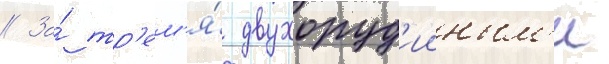
// За́ тр'ем'я́ двухоруд'ииным'и